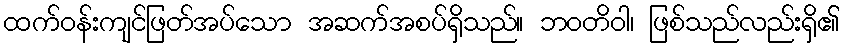
ထက်ဝန်းကျင်ဖြတ်အပ်သော အဆက်အစပ်ရှိသည်။ ဘဝတိဝါ၊ ဖြစ်သည်လည်းရှိ၏